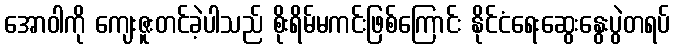
အောဝါကို ကျေးဇူးတင်ခဲ့ပါသည် စိုးရိမ်မကင်းဖြစ်ကြောင်း နိုင်ငံရေးဆွေးနွေးပွဲတရပ်